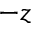
- z